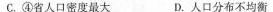
C.④省人口密度最大 D.人口分布不均衡